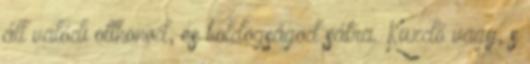
áll valódi otthonod, és boldogságod sátra. Küzdő vagy, s